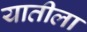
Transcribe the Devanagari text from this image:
यातीला